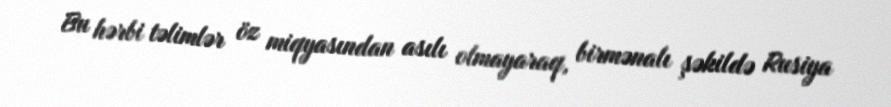
Bu hərbi təlimlər öz miqyasından asılı olmayaraq, birmənalı şəkildə Rusiya